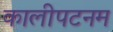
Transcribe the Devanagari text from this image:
कालीपटनम